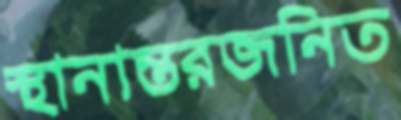
স্থানান্তরজনিত